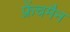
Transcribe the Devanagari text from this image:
फ्रेंचमैन